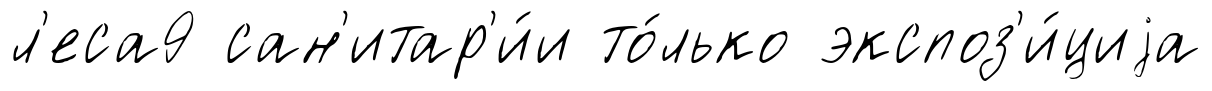
л'еса9 сан'итар'и́и то́лько экспоз'и́циjа